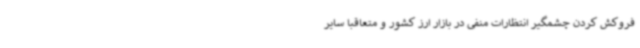
فروکش کردن چشمگیر انتظارات منفی در بازار ارز کشور و متعاقبا سایر